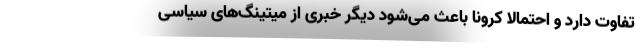
تفاوت دارد و احتمالا کرونا باعث می‌شود دیگر خبری از میتینگ‌های سیاسی